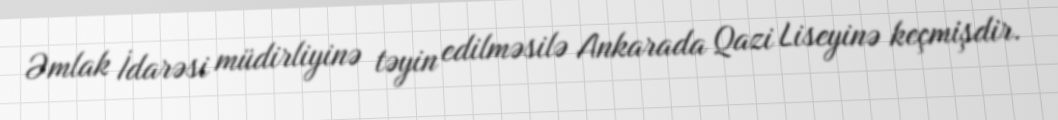
Əmlak İdarəsi müdirliyinə təyin edilməsilə Ankarada Qazi Liseyinə keçmişdir.